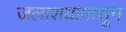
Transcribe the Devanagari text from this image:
जलाशयापासून